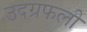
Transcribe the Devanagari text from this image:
उदग्रफली